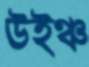
উইঞ্চ